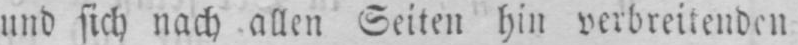
und sich nach allen Seiten hin verbreitenden